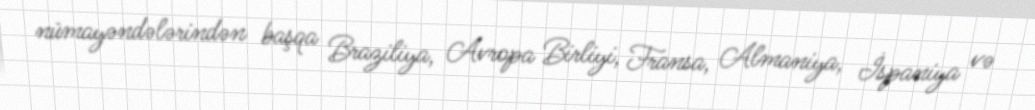
nümayəndələrindən başqa Braziliya, Avropa Birliyi, Fransa, Almaniya, İspaniya və